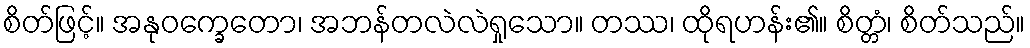
စိတ်ဖြင့်။ အနုဝက္ခေတော၊ အဘန်တလဲလဲရှုသော။ တဿ၊ ထိုရဟန်း၏။ စိတ္တံ၊ စိတ်သည်။